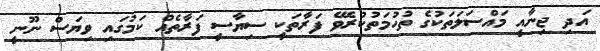
އަދި ޖިނާއީ މައްސަލަތަކުގެ ތުހުމަތުކުރެވޭ ފަރާތަކީ ސިޔާސީ ފަރާތެއް ކަމުގައި ވިޔަސް ނޫނީ